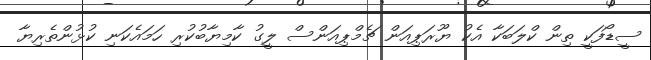
ސީޑޯފަކީ ތިން ކްލަބަކާ އެކު ޔޫރަޕިއަން ޗެމްޕިއަންސް ލީގު ކާމިޔާބުކުރި ހަމައެކަނި ކުޅުންތެރިޔާ